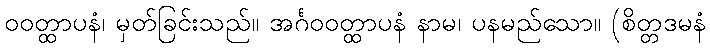
ဝဝတ္ထာပနံ၊ မှတ်ခြင်းသည်။ အင်္ဂဝဝတ္ထာပနံ နာမ၊ ပနမည်သော။ (စိတ္တဒမနံ